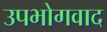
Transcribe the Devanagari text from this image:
उपभोगवाद